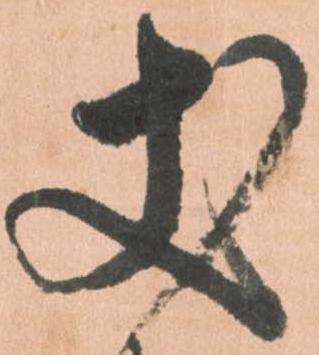
丈